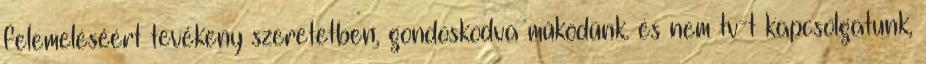
felemeléséért tevékeny szeretetben, gondoskodva működünk. és nem tv-t kapcsolgatunk,